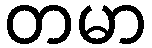
တမာ